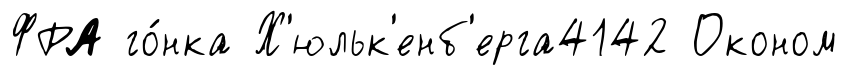
ФРА го́нка Х'юльк'енб'ерга4142 Оконом